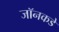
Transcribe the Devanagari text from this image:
जॉनकडे